Lunatic asylums in Bengal annual reports 1912-1924 - 1912-1924
Year: 1912
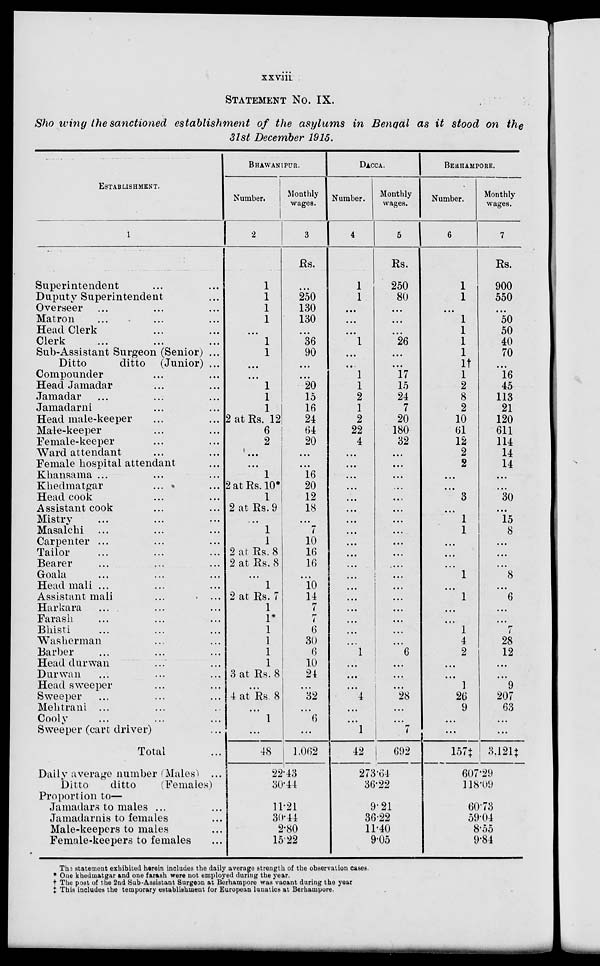
xxviii
STATEMENT NO. IX.
Showing the sanctioned establishment of the asylums in Bengal as it stood on the
31st December 1915.
ESTABLISHMENT.
1
Superintendent ... ...
Duputy Superintendent ...
Overseer ... ... ...
Matron ... ... ...
Head Clerk ... ... ...
Clerk ... ... ...
Sub-Assistant Surgeon (Senior) ...
Ditto
ditto (Junior) ...
Compounder ... ...
Head Jamadar ... ...
Jamadar ... ...
Jamadarni ... ...
Head male-keeper ... ...
Male-keeper ... ...
Female-keeper ... ...
Ward attendant ... ...
Female hospital attendant ...
Khansama ... ...
Khedmatgar ... ...
Head cook ... ... ...
Assistant cook ... ...
Mistry ... ... ...
Masalchi ... ... ...
Carpenter ... ...
Tailor ... ... ...
Bearer ... ... ...
Goala ... ... ...
Head mali ... ...
Assistant mali ...
Harkara
... ...
Farash ... ... ...
Bhisti ... ... ...
Washerman ... ...
Barber ... ... ...
Head durwan ... ...
Durwan ... ... ...
Head sweeper ... ...
Sweeper ... ...
Mehtrani ... ... ...
Cooly ...
Sweeper (cart driver) ...
Total ...
Daily average number (Males) ...
Ditto
ditto
(Females)
Proportion to—
Jamadars to males ... ...
Jamadarnis to females ...
Male-keepers to males ...
Female-keepers to females ...
BHAWANIPUR.
Number.
2
1
1
1
1
...
1
1
...
...
1
1
1
2atRs. 12
6
2
...
...
1
2 at Rs.10*
1
2 at Rs. 9
...
1
1
2 at Rs. 8
2 at Rs. 8
...
1
2 at Rs. 7
1
1*
1
1
1
1
3 at Rs. 8
...
4 at Rs 8
...
1
...
48
Monthly
wages.
3
Rs.
...
250
130
130
...
36
90
...
...
20
15
16
24
64
20
...
...
16
20
12
18
...
7
10
16
16
...
10
14
7
7
6
30
6
10
24
...
32
...
6
...
1,062
22.43
30.44
11.21
30.44
2.80
15.22
DACCA.
Number.
4
1
1
...
...
...
1
...
...
1
1
2
1
2
22
4
...
...
...
...
...
...
...
...
...
...
...
...
...
...
...
...
...
...
1
...
...
...
4
...
...
1
42
Monthly
wages.
5
Rs.
250
80
...
...
...
26
...
...
17
15
24
7
20
180
32
...
...
...
...
...
...
...
...
...
...
...
...
...
...
...
...
...
...
6
...
...
...
28
...
...
7
692
273.64
36.22
9.21
36.22
11.40
9.05
BERHAMPORE.
Number.
6
1
1
...
1
1
1
1
1†
1
2
8
2
10
61
12
2
2
...
...
3
...
1
1
...
...
...
1
...
1
...
...
1
4
2
...
...
1
26
9
...
...
157‡
Monthly
wages.
7
Rs.
900
550
...
50
50
40
70
...
16
45
113
21
120
611
114
14
14
...
...
30
...
15
8
...
...
...
8
...
6
...
...
7
28
12
...
...
9
207
63
...
...
3,121‡
607.29
118.09
60.73
59.04
8.55
9.84
The statement exhibited herein includes the daily average strength of the observation oases.
* One khedmatgar and one farash were not employed during the year.
† The post of the 2nd Sub-Assistant Surgeon at Berhampore was vacant during the year
‡ This includes the temporary establishment for European lunatics at Berhampore.